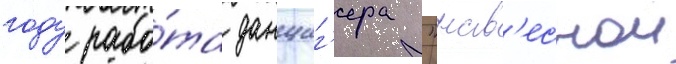
году рабо́та данциг'ера "нав'еснои